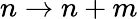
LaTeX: n\rightarrow n+m